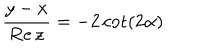
LaTeX: \frac { y - x } { \mathrm { R e } \, z } = - 2 \cot ( 2 \alpha )